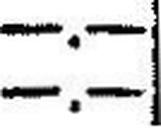
—.—